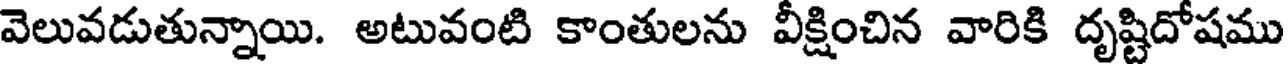
వెలువడుతున్నాయి. అటువంటి కాంతులను వీక్షించిన వారికి దృష్టిదోషము